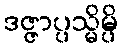
ဒဇ္ဇာပ္ပသ္မိမ္ပိ